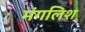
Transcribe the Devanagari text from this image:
मंगलिश